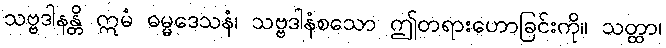
သဗ္ဗဒါနန္တိ ဣမံ ဓမ္မဒေသနံ၊ သဗ္ဗဒါနံစသော ဤတရားဟောခြင်းကို။ သတ္ထာ၊